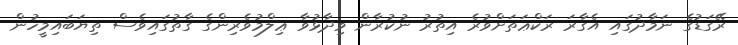
ރޭގަޑުގެ ނަމާދުގައި އެގާރަ ރަކްޢަތަށްވުރެ އިތުރު ނުކުރާން ވިދާޅުވާ ޢިލްމުވެރިންގެ ގާތުގައިވެސް ތިޔަބައިމީހުން